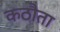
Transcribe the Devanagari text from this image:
कठौता